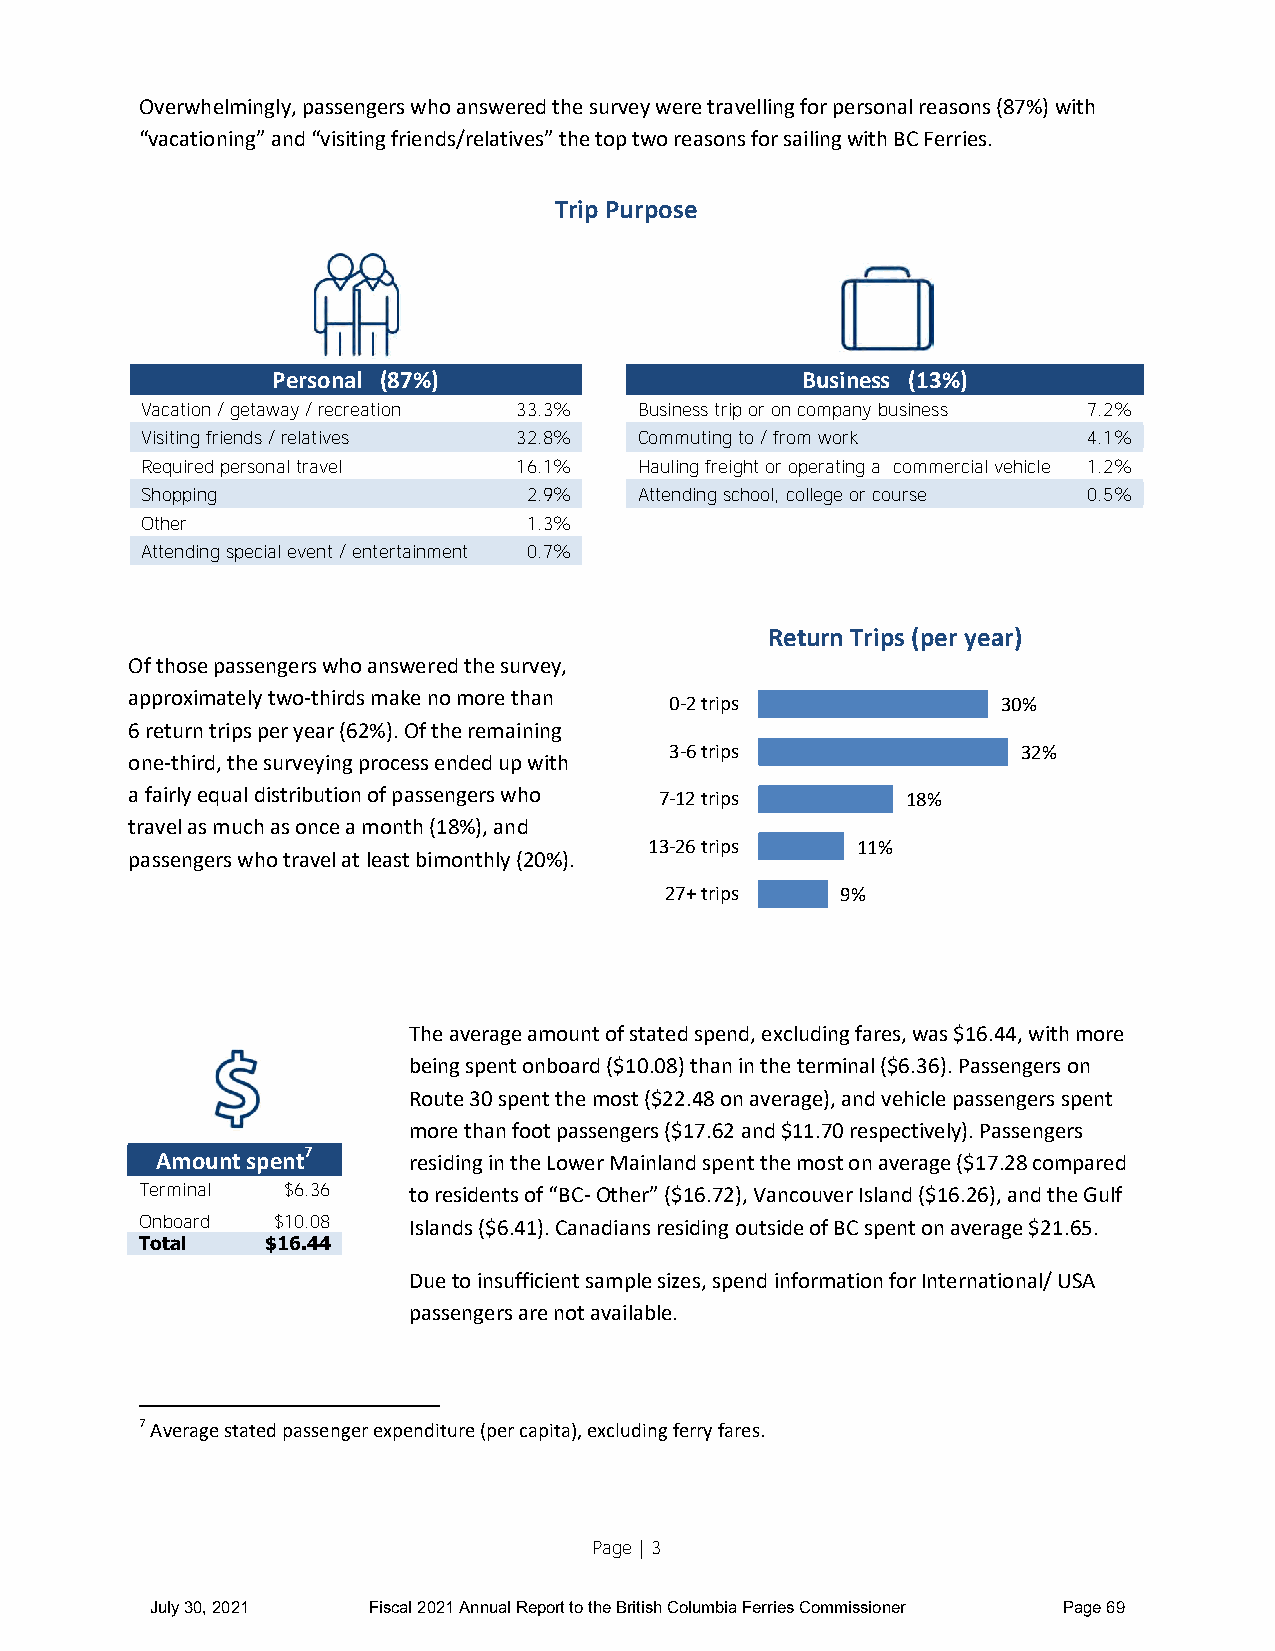
Overwhelmingly, passengers who answered the survey were travelling for personal reasons (87%) with
 “vacationing” and “visiting friends/relatives” the top two reasons for sailing with BC Ferries.
 Trip Purpose
 Personal (87%)                     Business (13%)
 Vacation / getaway / recreation 33.3% Business trip or on company business 7.2%
 Visiting friends / relatives 32.8% Commuting to / from work    4.1%
 Required personal travel 16.1%   Hauling freight or operating a commercial vehicle 1.2%
 Shopping                  2.9%   Attending school, college or course 0.5%
 Other                     1.3%
 Attending special event / entertainment 0.7%
 Return Trips (per year)
 Of those passengers who answered the survey,
 approximately two-thirds make no more than
 0-2 trips             30%
 6 return trips per year (62%). Of the remaining
 3-6 trips               32%
 one-third, the surveying process ended up with
 a fairly equal distribution of passengers who 7-12 trips 18%
 travel as much as once a month (18%), and
 13-26 trips   11%
 passengers who travel at least bimonthly (20%).
 27+ trips   9%
 The average amount of stated spend, excluding fares, was $16.44, with more
 being spent onboard ($10.08) than in the terminal ($6.36). Passengers on
 Route 30 spent the most ($22.48 on average), and vehicle passengers spent
 more than foot passengers ($17.62 and $11.70 respectively). Passengers
 Amount spent7    residing in the Lower Mainland spent the most on average ($17.28 compared
 Terminal  $6.36   to residents of “BC- Other” ($16.72), Vancouver Island ($16.26), and the Gulf
 Onboard  $10.08   Islands ($6.41). Canadians residing outside of BC spent on average $21.65.
 Total    $16.44
 Due to insufficient sample sizes, spend information for International/ USA
 passengers are not available.
 7 Average stated passenger expenditure (per capita), excluding ferry fares.
 Page | 3
 July 30, 2021 Fiscal 2021 Annual Report to the British Columbia Ferries Commissioner Page 69